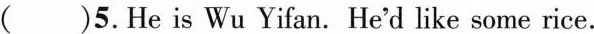
( )5.He is Wu Yifan. He'd like some rice.